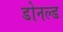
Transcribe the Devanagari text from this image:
डोनल्‍ड